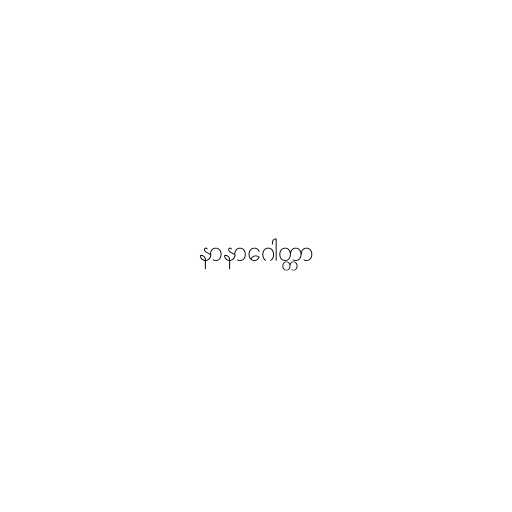
နာနာဂေါတ္တာ